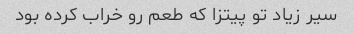
سیر زیاد تو پیتزا که طعم رو خراب کرده بود